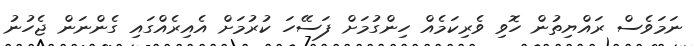
ނަމަވެސް ރައްޔިތުން ހޮވި ވެރިކަމެއް ހިންގުމަށް ފަސޭހަ ކުރުމަށް އެއިރެއްގައި ގެންނަން ޖެހުނު